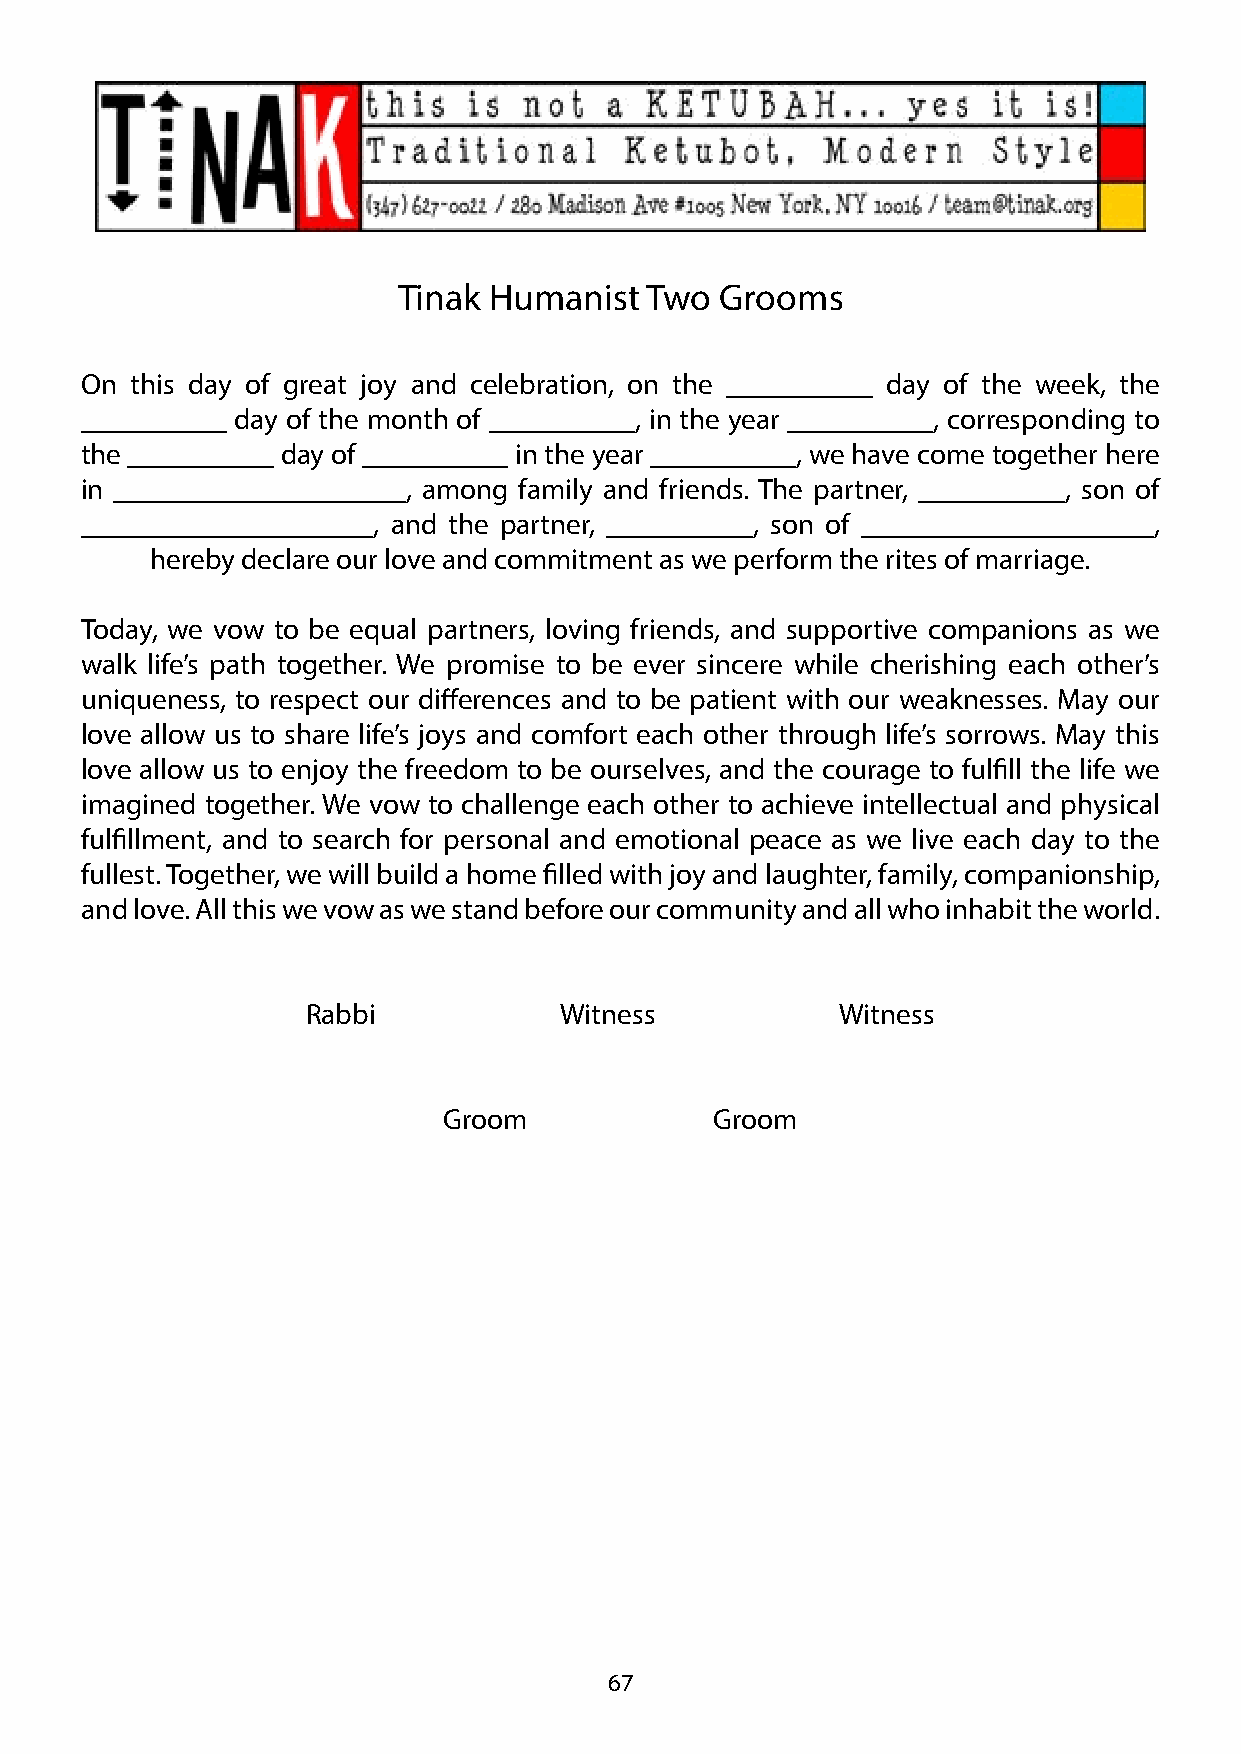
Tinak Humanist   Two  Grooms
 On  this day of great joy and celebration, on the __________ day of the week, the
 __________ day of the month of __________, in the year __________, corresponding to
 the __________ day of __________ in the year __________, we have come together here
 in ____________________, among family and friends. The partner, __________, son of
 ____________________, and the partner, __________, son of ____________________,
 hereby declare our love and commitment as we perform the rites of marriage.
 Today, we vow to be equal partners, loving friends, and supportive companions as we
 walk life’s path together. We promise to be ever sincere while cherishing each other’s
 uniqueness, to respect our differences and to be patient with our weaknesses. May our
 love allow us to share life’s joys and comfort each other through life’s sorrows. May this
 love allow us to enjoy the freedom to be ourselves, and the courage to fulfill the life we
 imagined together. We vow to challenge each other to achieve intellectual and physical
 fulfillment, and to search for personal and emotional peace as we live each day to the
 fullest. Together, we will build a home filled with joy and laughter, family, companionship,
 and love. All this we vow as we stand before our community and all who inhabit the world.
 Rabbi            Witness            Witness
 Groom             Groom
 67